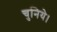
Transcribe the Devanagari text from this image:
चुनिये।